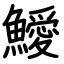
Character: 鱫